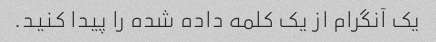
یک آنگرام از یک کلمه داده شده را پیدا کنید.